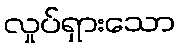
လှုပ်ရှားသော